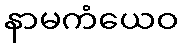
နာမကံယေဝ